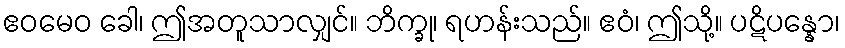
ဧဝမေဝ ခေါ၊ ဤအတူသာလျှင်။ ဘိက္ခု၊ ရဟန်းသည်။ ဧဝံ၊ ဤသို့။ ပဋိပန္နော၊